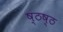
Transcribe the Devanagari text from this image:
ष्ठष्ठ